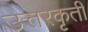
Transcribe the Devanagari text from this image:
उत्तरकृती